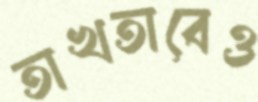
তাখতাবেও